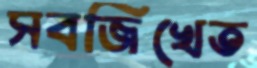
সবজিখেত